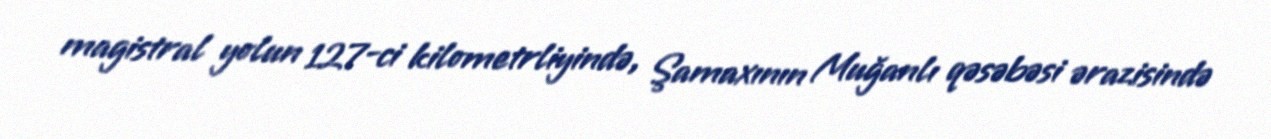
magistral yolun 127-ci kilometrliyində, Şamaxının Muğanlı qəsəbəsi ərazisində